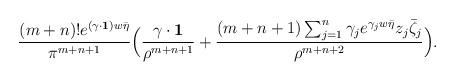
LaTeX: \begin{align*}\frac{(m+n)!e^{(\gamma\cdot \mathbf 1)w\bar{\eta}}}{\pi^{m+n+1}}\Big(\frac{\gamma\cdot \mathbf 1}{\rho^{m+n+1}}+\frac{(m+n+1)\sum_{j=1}^{n}\gamma_je^{\gamma_jw\bar \eta}z_j\bar\zeta_j}{\rho^{m+n+2}}\Big).\end{align*}